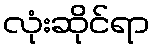
လုံးဆိုင်ရာ